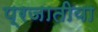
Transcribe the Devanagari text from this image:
प्रजातीया